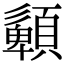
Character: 𩔹